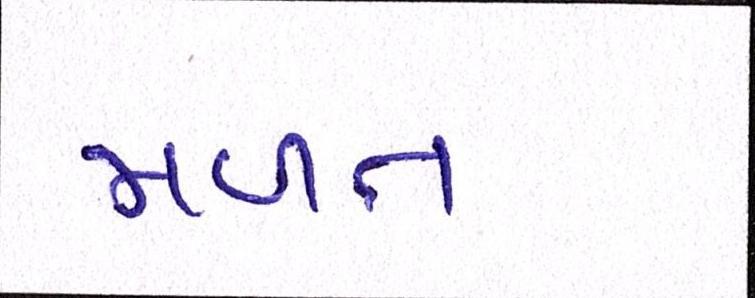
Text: મળત